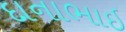
દાનાભાઇ